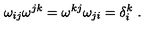
\omega _ { i j } \omega ^ { j k } = \omega ^ { k j } \omega _ { j i } = \delta _ { i } ^ { k } \ .